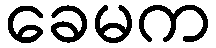
ခေမက